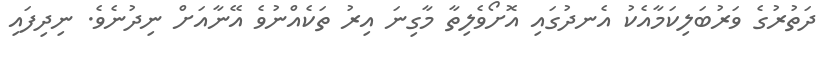
ދަތުރުގެ ވަރުބަލިކަމާއެކު އެނދުގައި އޮށޯވެލިތާ މާގިނަ އިރު ތަކެއްނުވެ އޭނާއަށް ނިދުނެވެ. ނިދިފައި